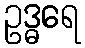
ဥဒ္ဓရေ